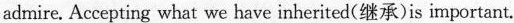
admire. Accepting what we have inherited(继承)is important.